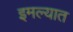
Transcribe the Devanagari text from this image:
इमल्यात